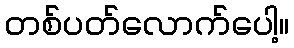
တစ်ပတ်လောက်ပေါ့။